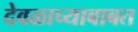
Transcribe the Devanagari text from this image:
देवळाच्याबाबत